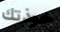
خوذتك